Annual report of the Bengal Veterinary College and of the Civil Veterinary Department, Bengal, for the year 1917-18 - 1917-1918
Year: 1917
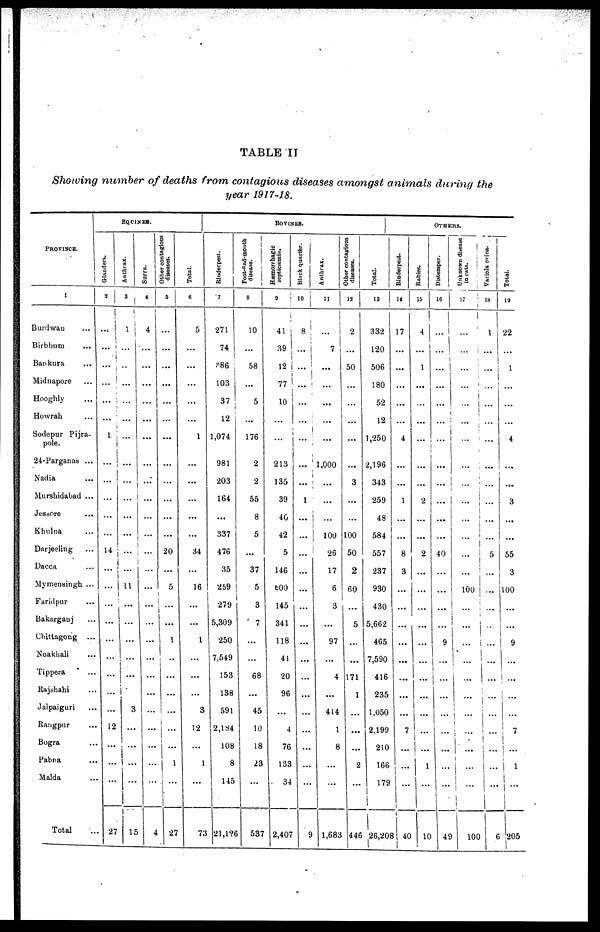
TABLE
IT
Showing
number
of deaths
from
contagious
diseases
amongst
animals
during
the
year
1917-18.
PROVINCE.
1
Burdwan ...
Birbhum ...
Bankura ...
Midnapore ...
Hooghly ...
Howrah ...
Sodepur Pijra-
pole.
24-Parganas ...
Nadia ...
Murshidabad ...
Jessore ...
Khulna ...
Darjeeling ...
Dacca ...
Mymensingh ...
Faridpur ...
Bakarganj ...
Chittagong ...
Noakhali ...
Tippera ...
Rajshahi ...
Jalpaiguri ...
Rangpur ...
Bogra ...
Pabna ...
Malda ...
Total ...
EQUINES.
Glanders.
2
...
...
...
...
...
...
1
...
...
...
...
...
14
...
...
...
...
...
...
...
...
...
12
...
...
...
27
Anthrax.
3
1
...
...
...
...
...
...
...
...
...
...
...
...
...
11
...
...
...
...
...
...
3
...
...
...
...
15
Surra.
4
4
...
...
...
...
...
...
...
...
...
...
...
...
...
...
...
...
...
...
...
...
...
...
...
...
...
4
Other contagious
diseases.
5
...
...
...
...
...
...
...
...
...
...
...
...
20
...
5
...
...
1
...
...
...
...
...
...
1
...
27
Total.
6
5
...
...
...
...
...
1
...
...
...
...
...
34
...
16
...
...
1
...
...
...
3
12
...
1
...
73
BOVINES.
Rinderpest.
7
271
74
386
103
37
12
1,074
981
203
164
...
337
476
35
259
279
5,309
250
7,549
153
138
591
2,184
108
8
145
21,126
Foot-and-mouth
disease.
8
10
...
58
...
5
...
176
2
2
55
8
5
...
37
5
3
7
...
...
68
...
45
10
18
23
...
537
Hæmorrhagic
septicæmia.
9
41
39
12
77
10
...
...
213
135
39
40
42
5
146
600
145
341
118
41
20
96
...
4
76
133
34
2,407
Black quarter.
10
8
...
...
...
...
...
...
...
...
1
...
...
...
...
...
...
...
...
...
...
...
...
...
...
...
...
9
Anthrax.
11
...
7
...
...
...
...
...
1,000
...
...
...
100
26
17
6
3
...
97
...
4
...
414
1
8
...
...
1,683
Other contagions
diseases.
12
2
...
50
...
...
...
...
...
3
...
...
100
50
2
60
...
5
...
...
171
1
...
...
...
2
...
446
Total.
13
332
120
506
180
52
12
1,250
2,196
343
259
48
584
557
237
930
430
5,662
465
7,590
416
235
1,050
2,199
210
166
179
26,208
OTHER.
Rinderpest.
14
17
...
...
...
...
...
4
...
...
1
...
...
8
3
...
...
...
...
...
...
...
...
7
...
...
...
40
Rabies.
15
4
...
1
...
...
...
...
...
...
2
...
...
2
...
...
...
...
...
...
...
...
...
...
...
1
...
10
Distemper.
16
...
...
...
...
...
...
...
...
...
...
...
...
40
...
...
...
...
9
...
...
...
...
...
...
...
...
49
Unknown disease
in cats.
17
...
...
...
...
...
...
...
...
...
...
...
...
...
...
100
...
...
...
...
...
...
...
...
...
...
...
100
Variola ovina.
18
1
...
...
...
...
...
...
...
...
...
...
5
...
...
...
...
...
...
...
...
...
...
...
...
...
6
Tot al .
19
22
...
1
...
...
...
4
...
...
3
...
...
55
3
100
...
...
9
...
...
...
...
7
...
1
...
205